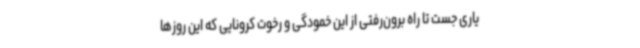
یاری جست تا راه برون‌رفتی از این خمودگی و رخوت کرونایی که این روزها